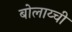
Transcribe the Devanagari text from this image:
बोलाय्ची